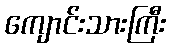
ကျောင်းသားကြီး